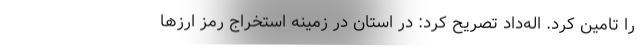
را تامین کرد. اله‌داد تصریح کرد: در استان در زمینه استخراج رمز ارزها